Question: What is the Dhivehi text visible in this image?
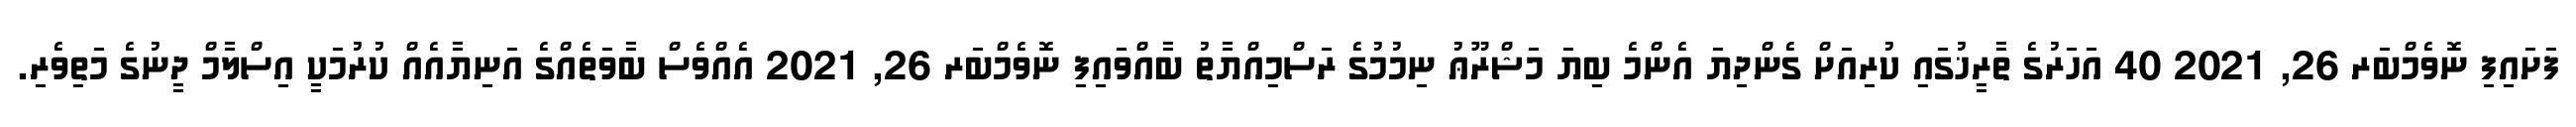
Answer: ފަށައިފި ނޮވެމްބަރ 26, 2021 40 އަހަރުގެ ތާރީޚުގައި ކުރިއަށް ގެންދިޔަ އެންމެ ބިޔަ މަޝްރޫޢު ނިމުމުގެ ރަސްމިއްޔާތު ބާއްވައިފި ނޮވެމްބަރ 26, 2021 އެއްވެސް ބާވަތެއްގެ އަނިޔާއެއް ކުރުމަކީ އިސްލާމް ދީނުގެ މަތިވެރި.